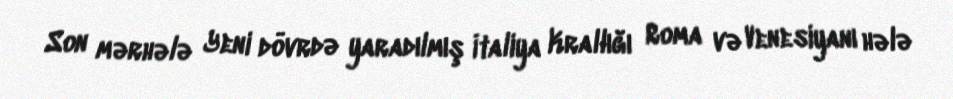
Son mərhələ Yeni dövrdə yaradılmış İtaliya Krallığı Roma və Venesiyanı hələ